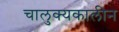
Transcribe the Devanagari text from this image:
चालुक्‍यकालीन